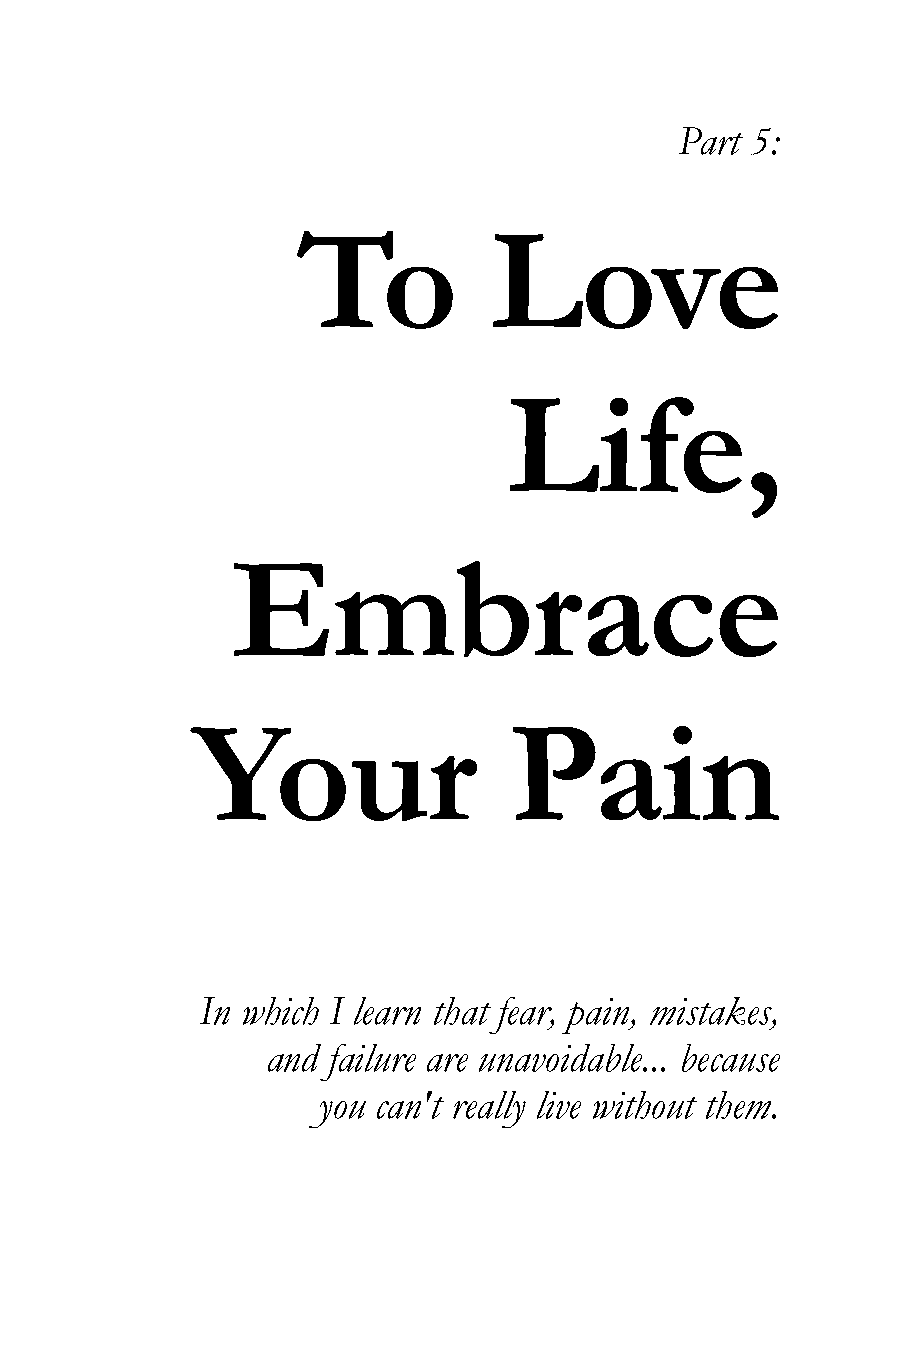
Part 5:
 To          Love
 Life,
 Embrace
 Your                 Pain
 In which I learn that fear, pain, mistakes,
 and failure are unavoidable... because
 you can't really live without them.